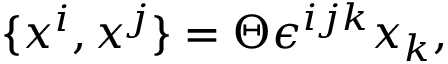
\{ x ^ { i } , x ^ { j } \} = \Theta \epsilon ^ { i j k } x _ { k } ,